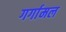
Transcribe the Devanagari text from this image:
गर्गामल